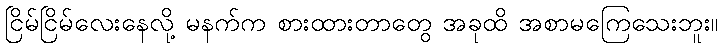
ငြိမ်ငြိမ်လေးနေလို့ မနက်က စားထားတာတွေ အခုထိ အစာမကြေသေးဘူး။